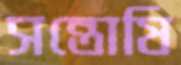
সন্তোষি